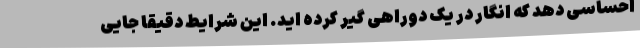
احساسی دهد که انگار در یک دوراهی گیر کرده اید. این شرایط دقیقاً جایی